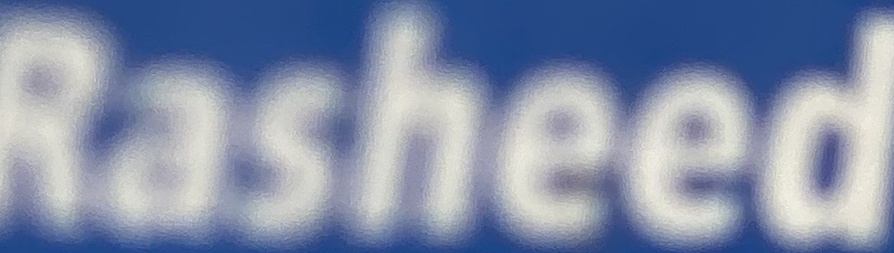
Rasheed